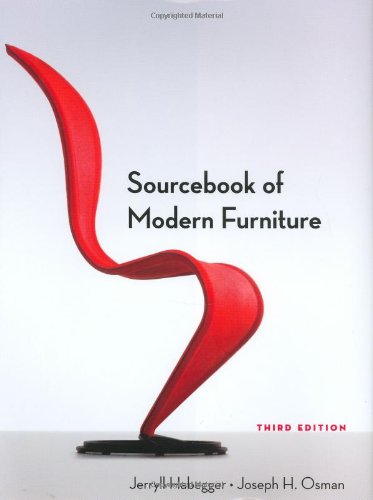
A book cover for Sourcebook of Modern Furniture (Third Edition); Jerryll Habegger; Crafts, Hobbies & Home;